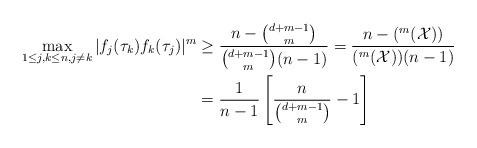
LaTeX: \begin{align*} \max _{1\leq j,k \leq n, j\neq k}|f_j(\tau_k)f_k(\tau_j)|^m&\geq \frac{n-{d+m-1 \choose m}}{{d+m-1 \choose m}(n-1)}=\frac{n-(^m(\mathcal{X}))}{(^m(\mathcal{X}))(n-1)} \\ &=\frac{1}{n-1}\left[\frac{n}{{d+m-1\choose m}}-1\right] \end{align*}